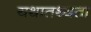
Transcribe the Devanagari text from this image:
यथातथ्‍यता